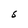
Character: S